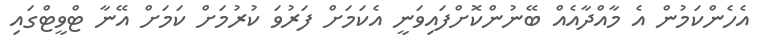
އެހެންކަމުން އެ މާއްދާއެއް ބޭނުންކޮށްފައިވަނީ އެކަމަށް ފަރުވަ ކުރުމަށް ކަމަށް އޭނާ ޓްވީޓްގައި